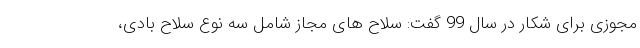
مجوزی برای شکار در سال 99 گفت: سلاح های مجاز شامل سه نوع سلاح بادی،